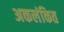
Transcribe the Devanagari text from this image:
अकलंकित